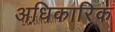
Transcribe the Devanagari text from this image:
अधि़कारिक